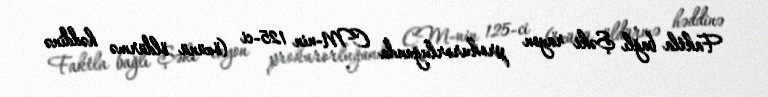
Faktla bağlı Şəki rayon prokurorluğunda CM-nin 125-ci (özünü öldürmə həddinə